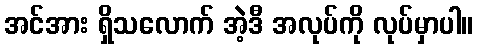
အင်အား ရှိသလောက် အဲ့ဒီ အလုပ်ကို လုပ်မှာပါ။